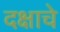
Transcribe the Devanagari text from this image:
दक्षाचे